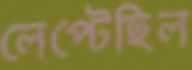
লেপ্‌টেছিল